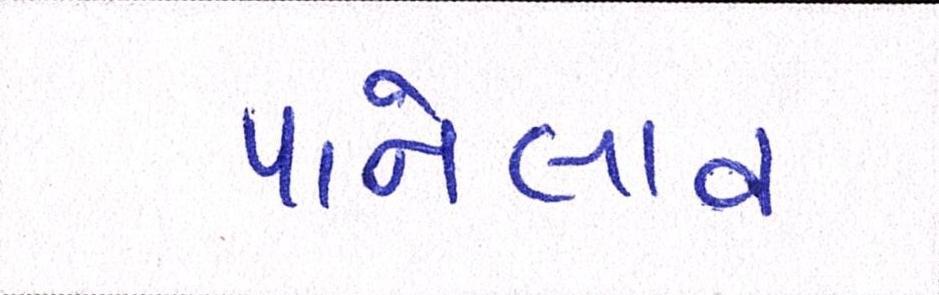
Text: પાનેલાવ